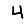
Digit: 4